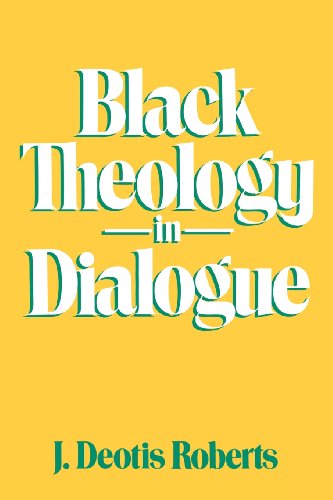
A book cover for Black Theology in Dialogue; J. Deotis Roberts; Christian Books & Bibles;